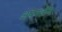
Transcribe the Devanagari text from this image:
अपनतीय